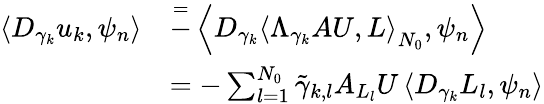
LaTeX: \begin{array}{rl}{\left<D_{\gamma_{k}}u_{k},\psi_{n}\right>}&{\overset{=}-\left<D_{\gamma_{k}}\left<\Lambda_{\gamma_{k}}AU,L\right>_{N_{0}},\psi_{n}\right>}\\ &{=-\sum_{l=1}^{N_{0}}\tilde{\gamma}_{k,l}A_{L_{l}}U\left<D_{\gamma_{k}}L_{l},\psi_{n}\right>}\end{array}